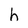
Character: h